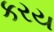
કરય